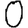
Digit: 0